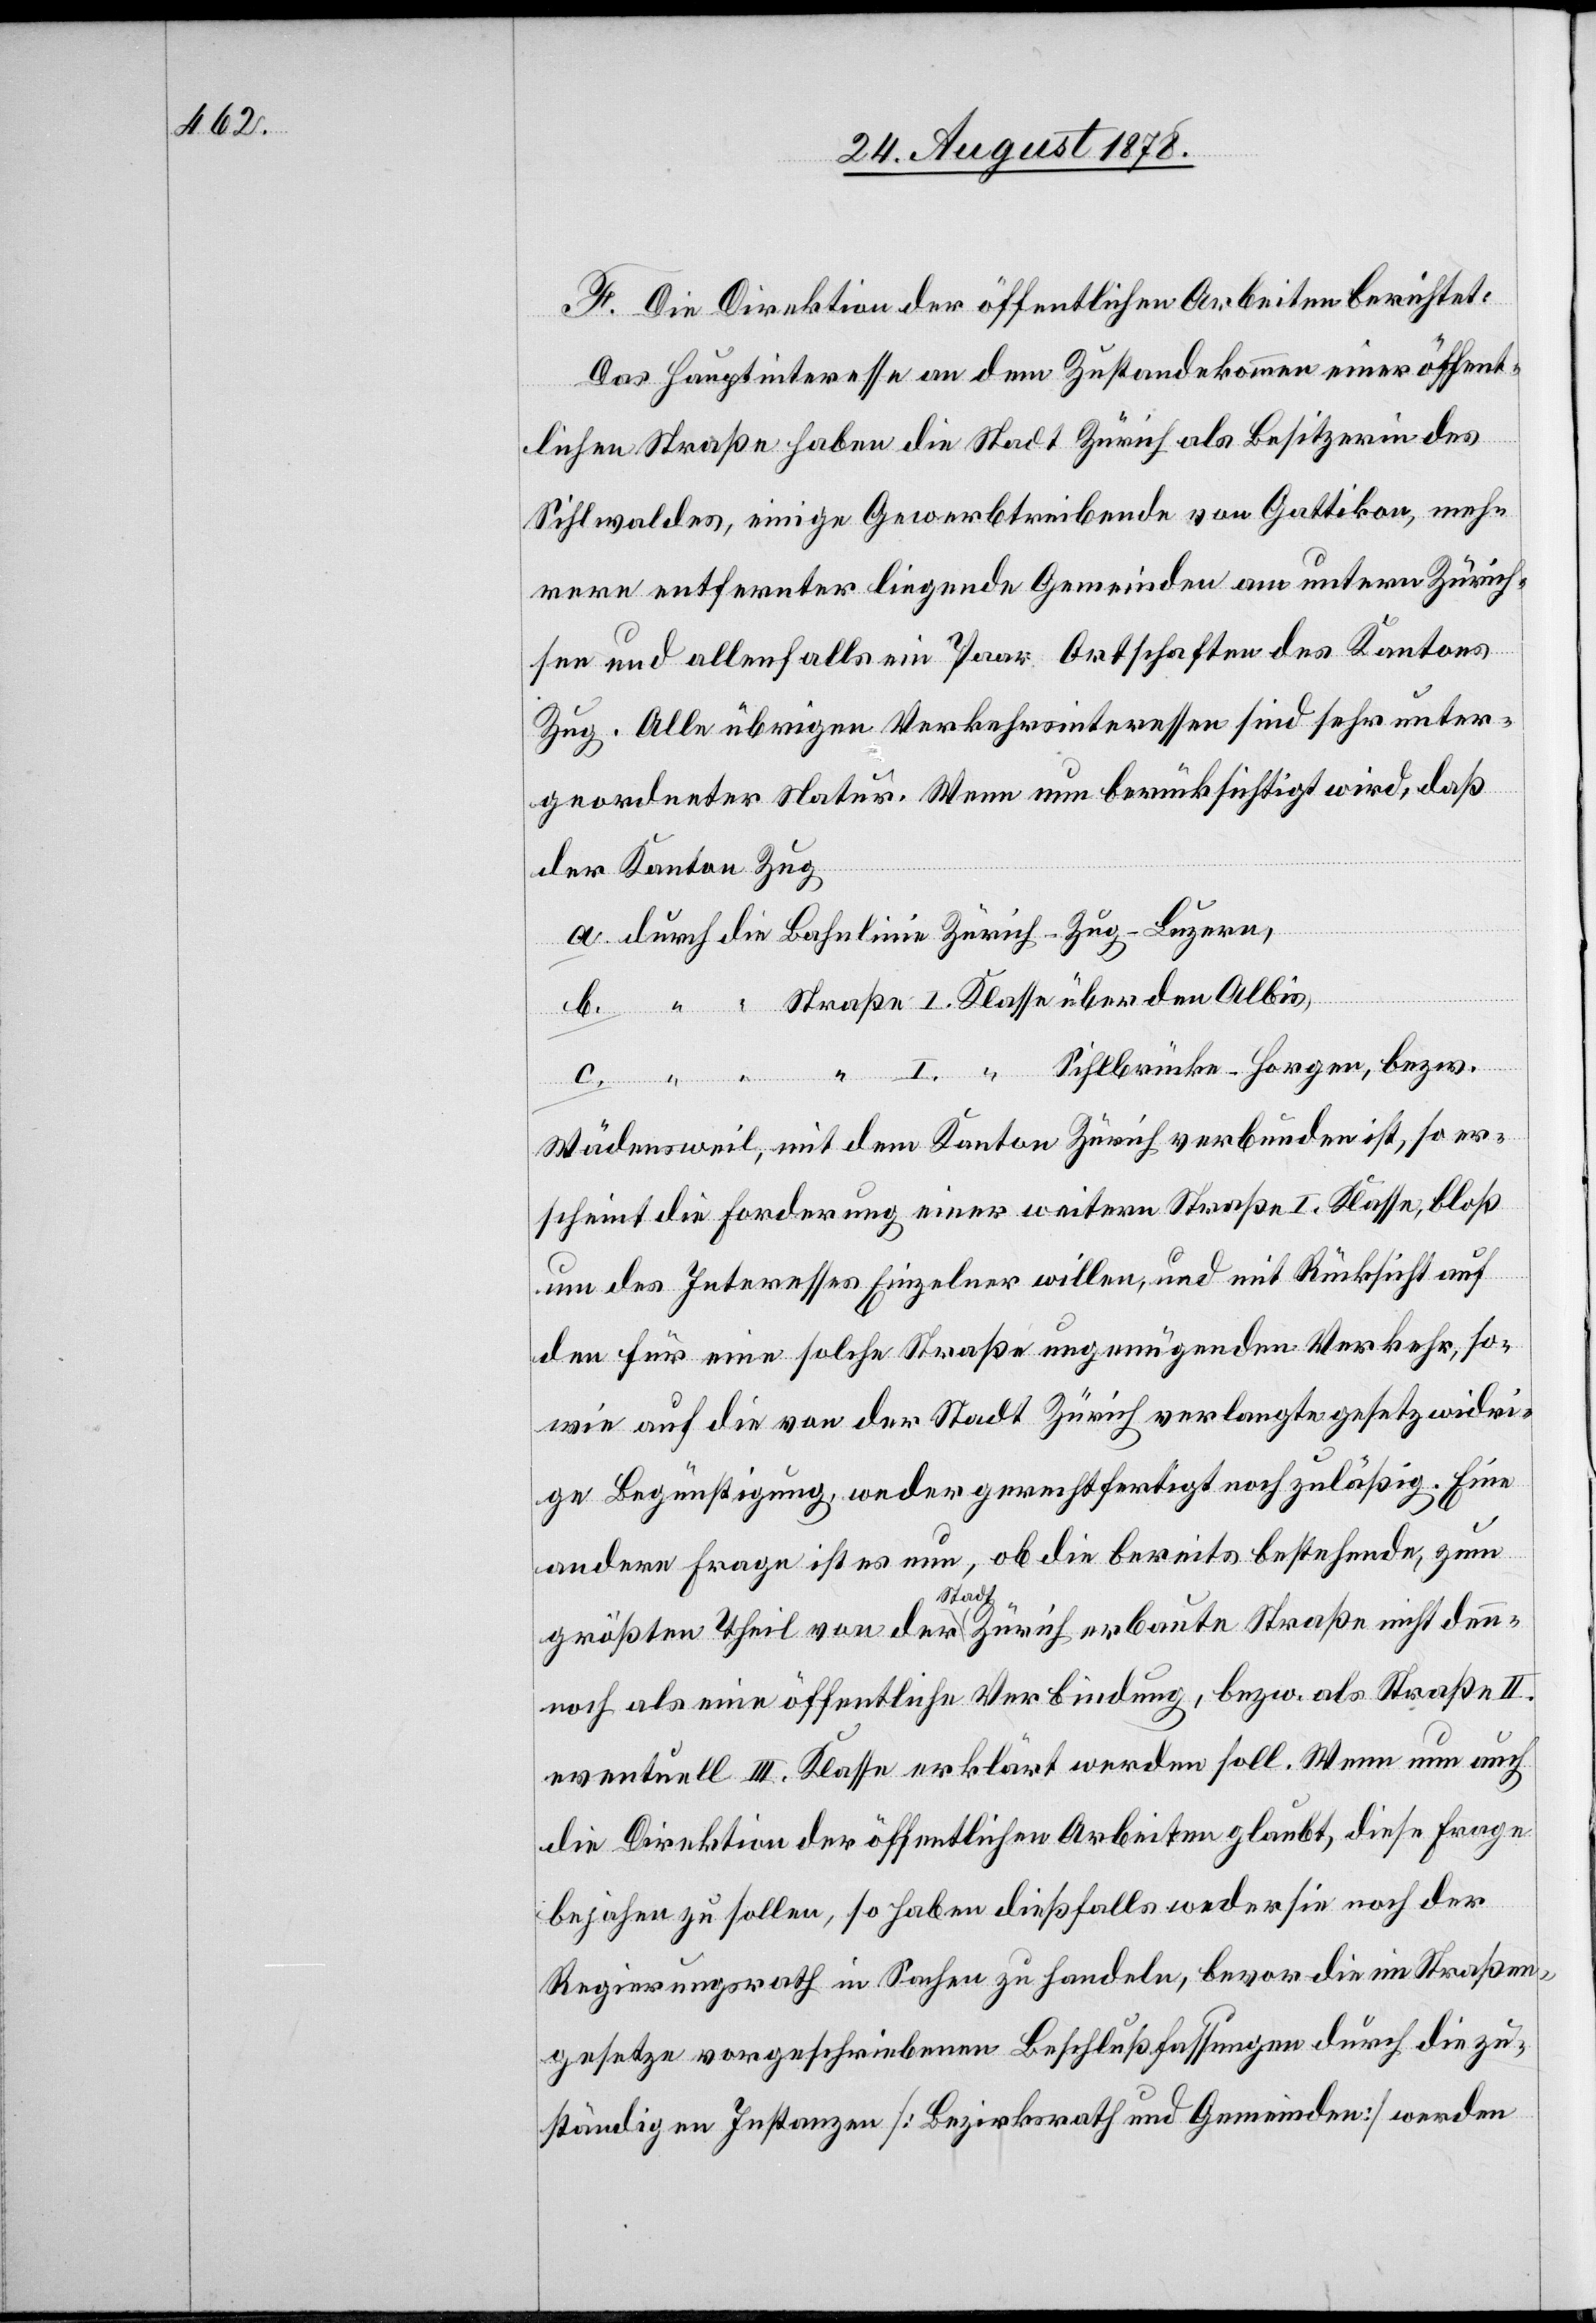
F. Die Direktion der öffentlichen Arbeiten berichtet:
Das Hauptinteresse an dem Zustandekommen einer öffent¬
lichen Straße haben die Stadt Zürich als Besitzerin des
Sihlwaldes, einige Gewerbtreibende von Gattikon, meh¬
rere entfernter liegende Gemeinden am untern Zürich¬
see und allenfalls ein Paar Ortschaften des Kantons
Zug. Alle übrigen Verkehrsinteressen sind sehr unter¬
geordneter Natur. Wenn nun berücksichtigt wird, daß
der Kanton Zug
a. durch die Bahnlinie Zürich–Zug–Luzern,
I. “ Sihlbrücke–Horgen, bezw.
so er¬
scheint die Forderung einer weitern Straße I. Klasse, bloß
um des Interesses Einzelner willen, und mit Rücksicht auf
den für eine solche Straße ungenügenden Verkehr, so¬
wie auf die von der Stadt Zürich verlangte gesetzwidri¬
ge Begünstigung, weder gerechtfertigt noch zulässig. Eine
andere Frage ist es nun, ob die bereits bestehende, zum
Straße
größten Theil von der Stadt Zürich erbaute Straße nicht den¬
nnoch als eine öffentliche Verbindung, bezw. als Straße II.
eventuell III. Klasse erklärt werden soll. Wenn nun auch
die Direktion der öffentlichen Arbeiten glaubt, diese Frage
bejahen zu sollen, so haben dießfalls weder sie noch der
Regierungsrath in Sachen zu handeln, bevor die im Straßen¬
gesetze vorgeschriebenen Beschlussfassungen durch die zu¬
ständigen Instanzen [Bezirksrath und Gemeinden] werden